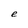
Character: e